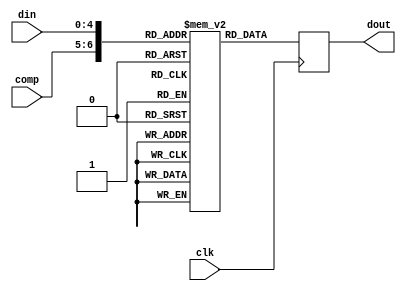
/*  This file is part of JT49.

    JT49 is free software: you can redistribute it and/or modify
    it under the terms of the GNU General Public License as published by
    the Free Software Foundation, either version 3 of the License, or
    (at your option) any later version.

    JT49 is distributed in the hope that it will be useful,
    but WITHOUT ANY WARRANTY; without even the implied warranty of
    MERCHANTABILITY or FITNESS FOR A PARTICULAR PURPOSE.  See the
    GNU General Public License for more details.

    You should have received a copy of the GNU General Public License
    along with JT49.  If not, see <http://www.gnu.org/licenses/>.
    
    Author: Jose Tejada Gomez. Twitter: @topapate
    Version: 1.0
    Date: 10-Nov-2018
    
    Based on sqmusic, by the same author
    
    */

`timescale 1ns / 1ps

// Compression vs dynamic range
// 0 -> 43.6dB
// 1 -> 29.1
// 2 -> 21.8
// 3 -> 13.4

module jt49_exp(
    input  wire      clk,
    input  wire[1:0] comp, // compression
    input  wire[4:0] din,
    output reg [7:0] dout
);

reg [7:0] lut[0:127];
wire[6:0] addr = {comp,din};
always @(posedge clk) dout <= lut[addr];

initial begin
    lut[0] = 8'd0;
    lut[1] = 8'd1;
    lut[2] = 8'd1;
    lut[3] = 8'd1;
    lut[4] = 8'd2;
    lut[5] = 8'd2;
    lut[6] = 8'd3;
    lut[7] = 8'd3;
    lut[8] = 8'd4;
    lut[9] = 8'd5;
    lut[10] = 8'd6;
    lut[11] = 8'd7;
    lut[12] = 8'd9;
    lut[13] = 8'd11;
    lut[14] = 8'd13;
    lut[15] = 8'd15;
    lut[16] = 8'd18;
    lut[17] = 8'd22;
    lut[18] = 8'd26;
    lut[19] = 8'd31;
    lut[20] = 8'd37;
    lut[21] = 8'd45;
    lut[22] = 8'd53;
    lut[23] = 8'd63;
    lut[24] = 8'd75;
    lut[25] = 8'd90;
    lut[26] = 8'd107;
    lut[27] = 8'd127;
    lut[28] = 8'd151;
    lut[29] = 8'd180;
    lut[30] = 8'd214;
    lut[31] = 8'd255;
    lut[32] = 8'd0;
    lut[33] = 8'd7;
    lut[34] = 8'd8;
    lut[35] = 8'd10;
    lut[36] = 8'd11;
    lut[37] = 8'd12;
    lut[38] = 8'd14;
    lut[39] = 8'd15;
    lut[40] = 8'd17;
    lut[41] = 8'd20;
    lut[42] = 8'd22;
    lut[43] = 8'd25;
    lut[44] = 8'd28;
    lut[45] = 8'd31;
    lut[46] = 8'd35;
    lut[47] = 8'd40;
    lut[48] = 8'd45;
    lut[49] = 8'd50;
    lut[50] = 8'd56;
    lut[51] = 8'd63;
    lut[52] = 8'd71;
    lut[53] = 8'd80;
    lut[54] = 8'd90;
    lut[55] = 8'd101;
    lut[56] = 8'd113;
    lut[57] = 8'd127;
    lut[58] = 8'd143;
    lut[59] = 8'd160;
    lut[60] = 8'd180;
    lut[61] = 8'd202;
    lut[62] = 8'd227;
    lut[63] = 8'd255;
    lut[64] = 8'd0;
    lut[65] = 8'd18;
    lut[66] = 8'd20;
    lut[67] = 8'd22;
    lut[68] = 8'd24;
    lut[69] = 8'd26;
    lut[70] = 8'd29;
    lut[71] = 8'd31;
    lut[72] = 8'd34;
    lut[73] = 8'd37;
    lut[74] = 8'd41;
    lut[75] = 8'd45;
    lut[76] = 8'd49;
    lut[77] = 8'd53;
    lut[78] = 8'd58;
    lut[79] = 8'd63;
    lut[80] = 8'd69;
    lut[81] = 8'd75;
    lut[82] = 8'd82;
    lut[83] = 8'd90;
    lut[84] = 8'd98;
    lut[85] = 8'd107;
    lut[86] = 8'd116;
    lut[87] = 8'd127;
    lut[88] = 8'd139;
    lut[89] = 8'd151;
    lut[90] = 8'd165;
    lut[91] = 8'd180;
    lut[92] = 8'd196;
    lut[93] = 8'd214;
    lut[94] = 8'd233;
    lut[95] = 8'd255;
    lut[96] = 8'd0;
    lut[97] = 8'd51;
    lut[98] = 8'd54;
    lut[99] = 8'd57;
    lut[100] = 8'd60;
    lut[101] = 8'd63;
    lut[102] = 8'd67;
    lut[103] = 8'd70;
    lut[104] = 8'd74;
    lut[105] = 8'd78;
    lut[106] = 8'd83;
    lut[107] = 8'd87;
    lut[108] = 8'd92;
    lut[109] = 8'd97;
    lut[110] = 8'd103;
    lut[111] = 8'd108;
    lut[112] = 8'd114;
    lut[113] = 8'd120;
    lut[114] = 8'd127;
    lut[115] = 8'd134;
    lut[116] = 8'd141;
    lut[117] = 8'd149;
    lut[118] = 8'd157;
    lut[119] = 8'd166;
    lut[120] = 8'd175;
    lut[121] = 8'd185;
    lut[122] = 8'd195;
    lut[123] = 8'd206;
    lut[124] = 8'd217;
    lut[125] = 8'd229;
    lut[126] = 8'd241;
    lut[127] = 8'd255;

end
endmodule